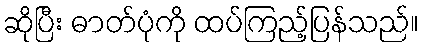
ဆိုပြီး ဓာတ်ပုံကို ထပ်ကြည့်ပြန်သည်။